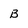
Character: B